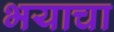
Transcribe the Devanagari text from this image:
भयाचा